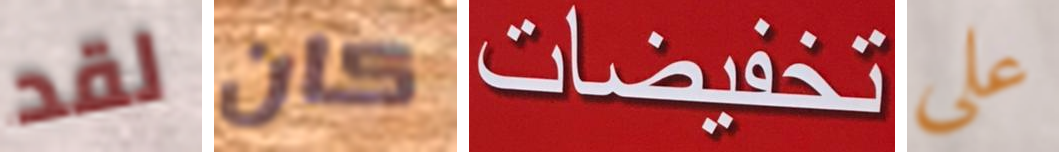
لقد كان تخفيضات علي